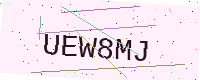
Text: UEW8MJ